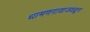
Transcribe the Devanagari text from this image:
धामणगावाजवळून